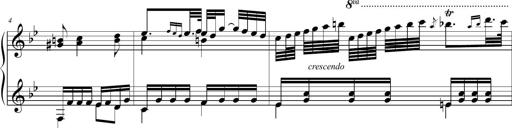
Title: 2 Sonatines faciles et brillantes pour le piano-forte seul
Composer: Carl Czerny